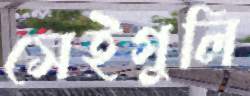
সেইগুলি